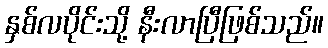
နှစ်လပိုင်းသို့ နီးလာပြီဖြစ်သည်။